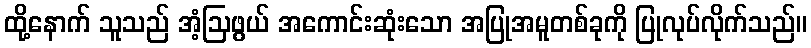
ထို့နောက် သူသည် အံ့ဩဖွယ် အကောင်းဆုံးသော အပြုအမူတစ်ခုကို ပြုလုပ်လိုက်သည်။